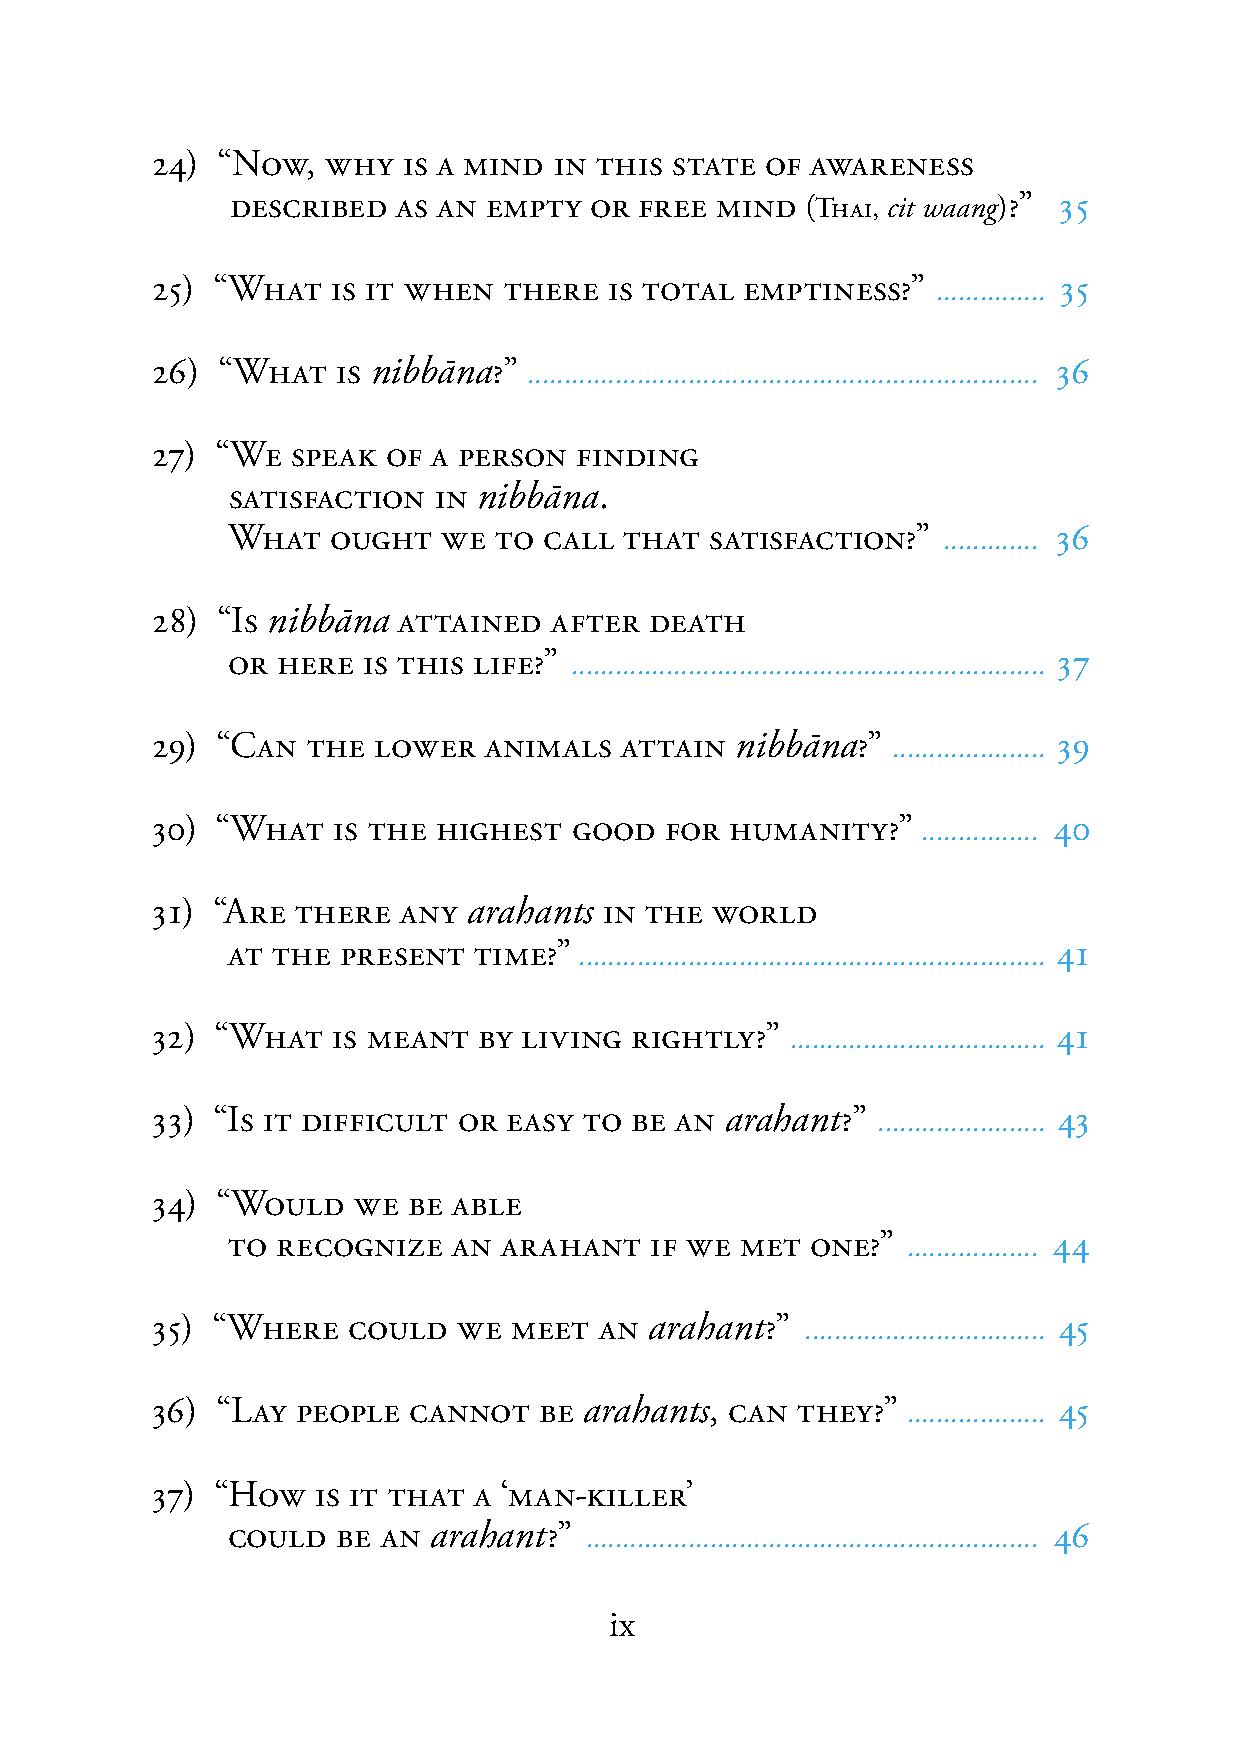
24) “NOW,   WHY  IS A MIND IN THIS STATE OF AWARENESS
 DESCRIBED  AS AN EMPTY  OR FREE MIND  (THAI, cit waang)?” 35
 25) “WHAT   IS IT WHEN THERE  IS TOTAL EMPTINESS?”  ............... 35
 26) “WHAT   IS nibbāna?” ...................................................................... 36
 27) “WE  SPEAK  OF A PERSON FINDING
 SATISFACTION  IN nibbāna.
 WHAT   OUGHT  WE  TO CALL THAT  SATISFACTION?” ............. 36
 28) “IS nibbāna ATTAINED  AFTER  DEATH
 OR HERE  IS THIS LIFE?” ................................................................. 37
 29) “CAN  THE  LOWER  ANIMALS  ATTAIN  nibbāna?” ..................... 39
 30) “WHAT   IS THE HIGHEST  GOOD  FOR HUMANITY?”   ................ 40
 31) “ARE  THERE ANY  arahants IN THE WORLD
 AT THE  PRESENT TIME?” ................................................................ 41
 32) “WHAT   IS MEANT  BY LIVING RIGHTLY?” ................................... 41
 33) “IS IT DIFFICULT OR EASY TO BE AN arahant?” ....................... 43
 34) “WOULD   WE  BE ABLE
 TO RECOGNIZE   AN ARAHANT   IF WE MET  ONE?” .................. 44
 35) “WHERE   COULD  WE  MEET  AN arahant?” ................................. 45
 36) “LAY  PEOPLE CANNOT   BE arahants, CAN THEY?” ................... 45
 37) “HOW   IS IT THAT A ‘MAN-KILLER’
 COULD  BE AN arahant?”  .............................................................. 46
 ix